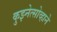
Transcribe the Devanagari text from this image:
कुझ्नेत्सोव्हाने